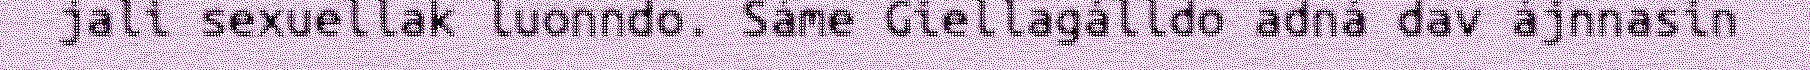
jali sexuellak luonndo. Sáme Giellagálldo adná dav ájnnasin